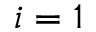
i = 1